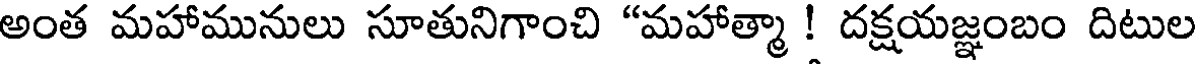
అంత మహామునులు సూతునిగాంచి "మహాత్మా ! దక్షయజ్ఞంబం దిటుల